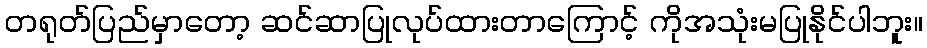
တရုတ်ပြည်မှာတော့ ဆင်ဆာပြုလုပ်ထားတာကြောင့် ကိုအသုံးမပြုနိုင်ပါဘူး။